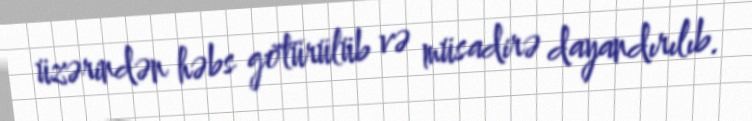
üzərindən həbs götürülüb və müsadirə dayandırılıb.